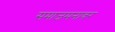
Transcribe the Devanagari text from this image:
समाजमनावर